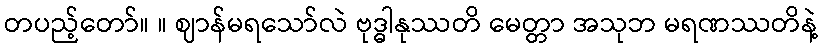
တပည့်တော်။ ။ ဈာန်မရသော်လဲ ဗုဒ္ဓါနုဿတိ မေတ္တာ အသုဘ မရဏဿတိနဲ့